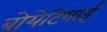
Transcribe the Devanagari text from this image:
बोयेटियाई